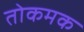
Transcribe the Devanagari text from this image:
तोकमक